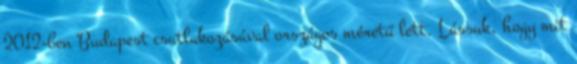
2012-ben Budapest csatlakozásával országos méretű lett. Lássuk, hogy mit